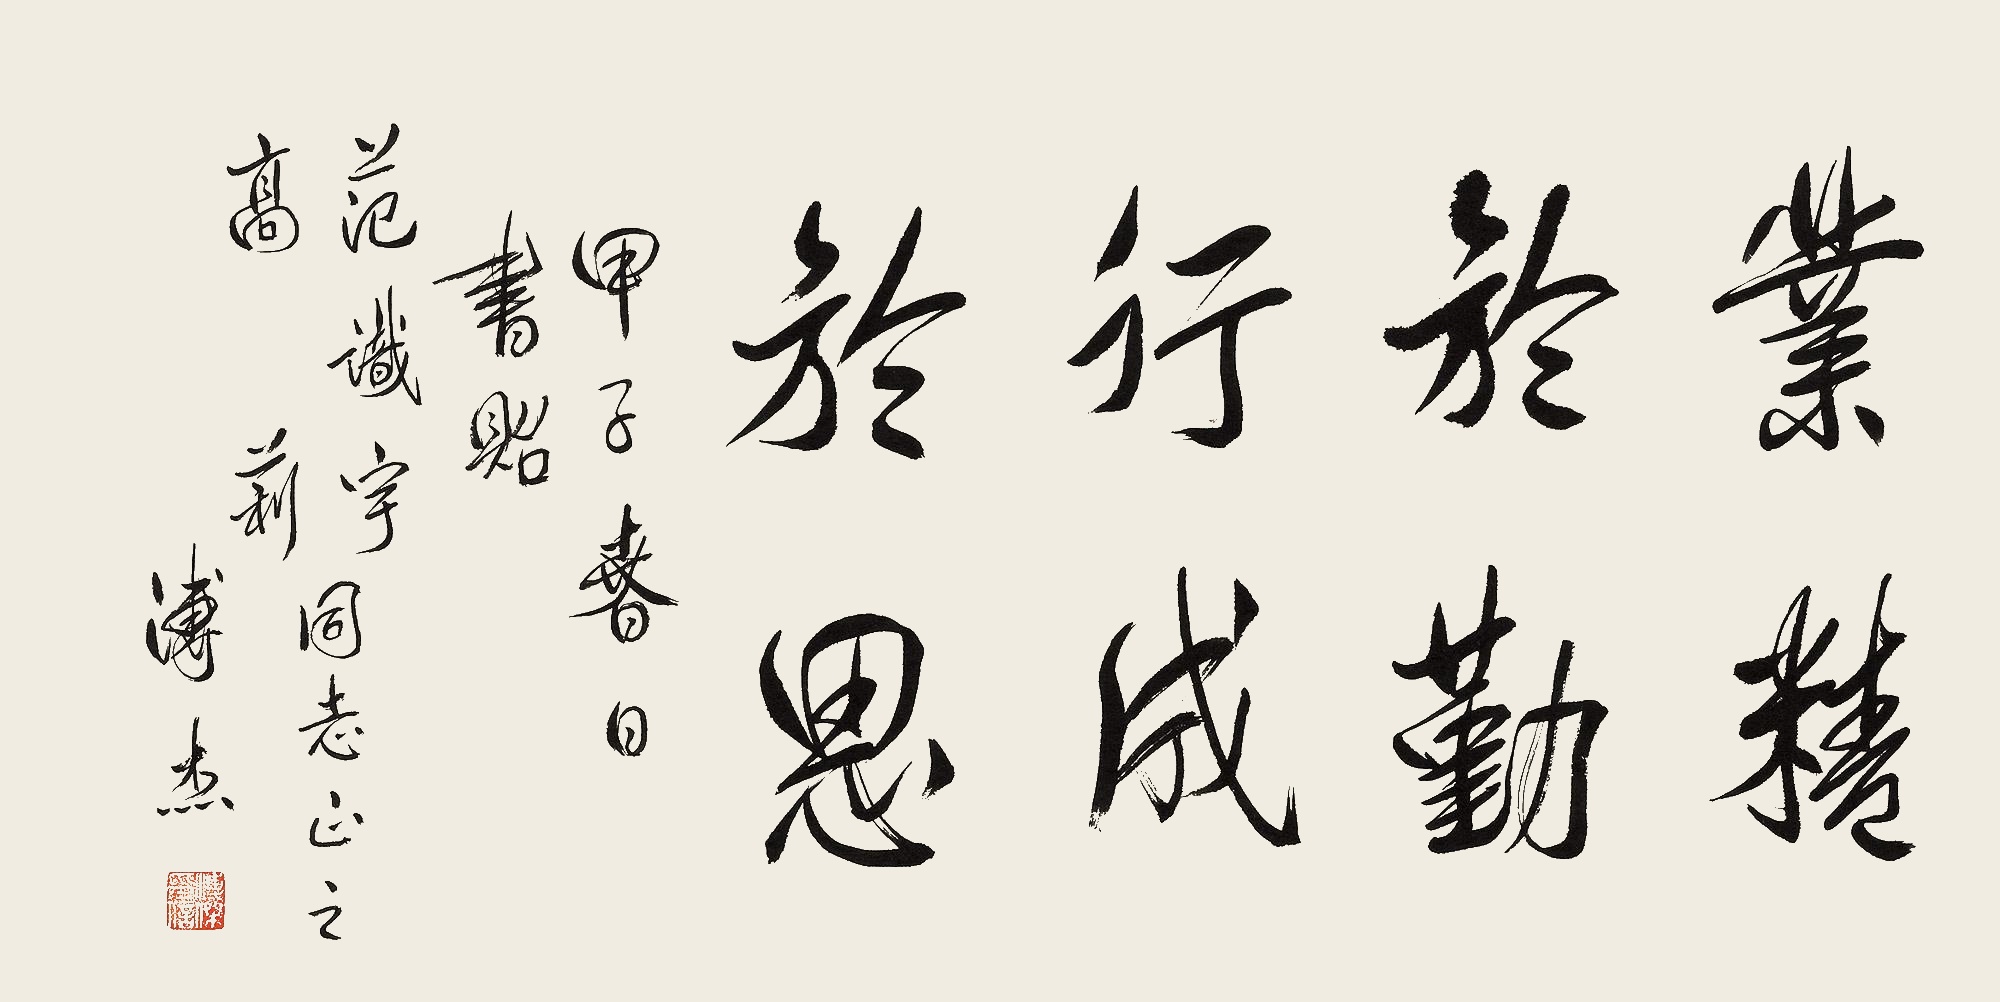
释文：业精于勤，行成于思。甲子春日书贻范识宇、高莉同志正之。溥杰。